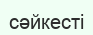
сәйкесті